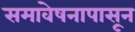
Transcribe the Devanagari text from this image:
समावेषनापासून